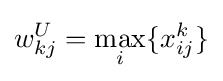
w_{kj}^{U}=\max _{i}\{x_{ij}^{k}\}